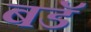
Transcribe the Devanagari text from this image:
बडॅ